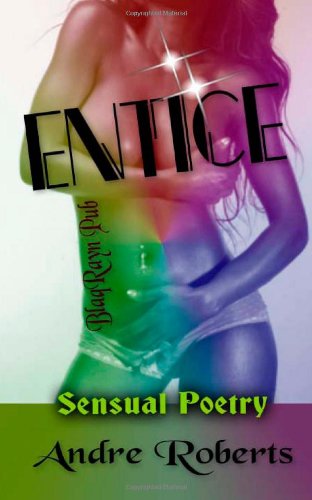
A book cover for Entice; Andre Roberts; Romance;